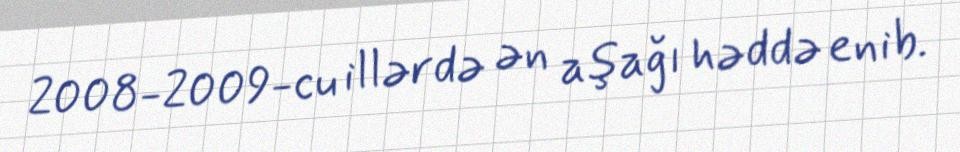
2008-2009-cu illərdə ən aşağı həddə enib.